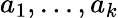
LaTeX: a_{1},...,a_{k}